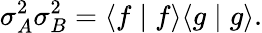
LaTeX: \sigma_{A}^{2}\sigma_{B}^{2}=\langle f\mid f\rangle\langle g\mid g\rangle.